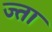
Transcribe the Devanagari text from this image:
ज्ता